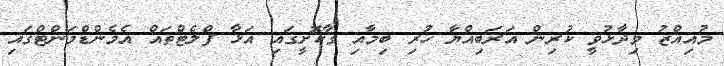
މުއިއްޒު ވިދާޅުވީ ކުރިން އަރަބިއްޔާ ހުރި ބިމާއި ގާކޮށީގައި އަޅާ ފްލެޓްތައް އެމެންޑްމަންޓްގައި